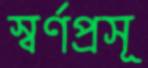
স্বর্ণপ্রসূ